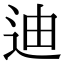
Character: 迪